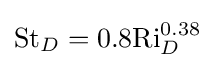
{\text{St}}_{D}=0.8{\text{Ri}}_{D}^{0.38}